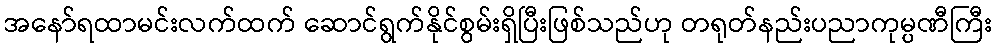
အနော်ရထာမင်းလက်ထက် ဆောင်ရွက်နိုင်စွမ်းရှိပြီးဖြစ်သည်ဟု တရုတ်နည်းပညာကုမ္ပဏီကြီး